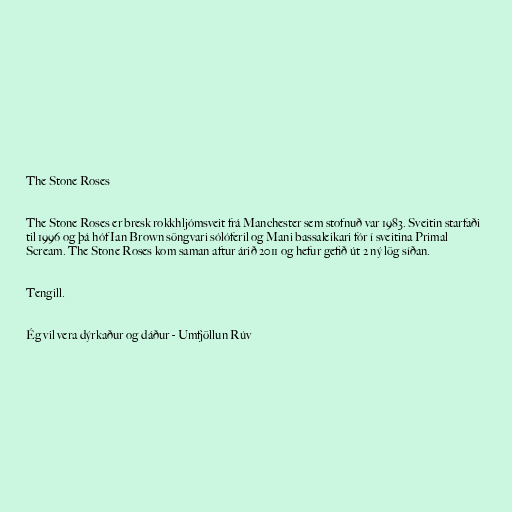
The Stone Roses

The Stone Roses er bresk rokkhljómsveit frá Manchester sem stofnuð var 1983. Sveitin starfaði
til 1996 og þá hóf Ian Brown söngvari sólóferil og Mani bassaleikari fór í sveitina Primal
Scream. The Stone Roses kom saman aftur árið 2011 og hefur gefið út 2 ný lög síðan.

Tengill.

Ég vil vera dýrkaður og dáður - Umfjöllun Rúv